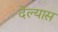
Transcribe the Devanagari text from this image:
देल्यास